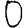
Digit: 0